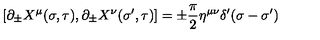
\left[ \partial _ { \pm } X ^ { \mu } ( \sigma , \tau ) , \partial _ { \pm } X ^ { \nu } ( \sigma ^ { \prime } , \tau ) \right] = \pm \frac { \pi } { 2 } \eta ^ { \mu \nu } \delta ^ { \prime } ( \sigma - \sigma ^ { \prime } )